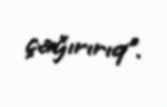
çağırırıq”.